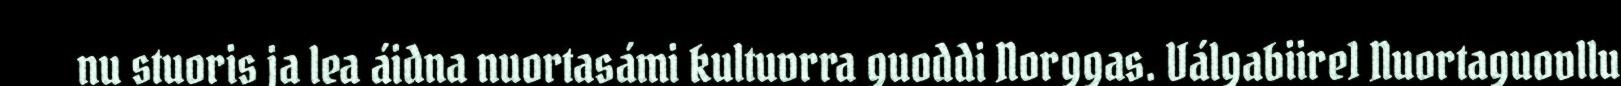
nu stuoris ja lea áidna nuortasámi kultuvrra guoddi Norggas. Válgabiire1 Nuortaguovllu